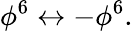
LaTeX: \phi^{6}\leftrightarrow-\phi^{6}.